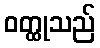
ဝတ္ထုသည်